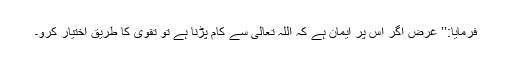
فرمایا:’’ غرض اگر اس پر ایمان ہے کہ اللہ تعالیٰ سے کام پڑنا ہے تو تقویٰ کا طریق اختیار کرو۔